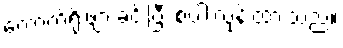
ကောက်ရိုးဖျာ ခင်းပြီး စပါးလှန်းထားသည်။